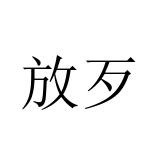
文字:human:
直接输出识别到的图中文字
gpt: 放歹